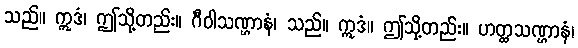
သည်။ ဣဒံ၊ ဤသို့တည်း။ ဂီဝါသဏ္ဌာနံ၊ သည်။ ဣဒံ။ ဤသို့တည်း။ ဟတ္ထသဏ္ဌာနံ၊